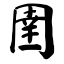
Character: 圉